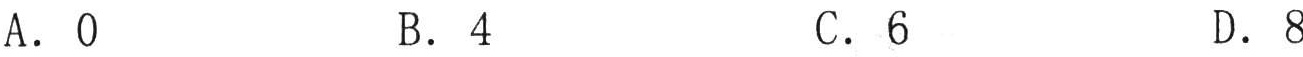
A. \(0\) \qquad B. \(4\) \qquad C. \(6\) \qquad D. \(8\)